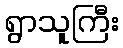
ရွာသူကြီး